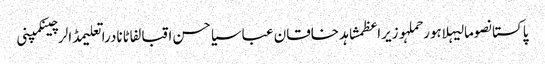
پاکستانصومالیہلاہورحملہوزیراعظمشاہد خاقان عباسیاحسن اقبالفاٹانادراتعلیمڈالرچینکمپنی